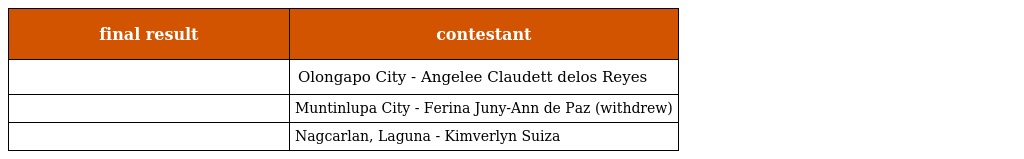
| final result | contestant |
 | --- | --- |
 |  | Olongapo City - Angelee Claudett delos Reyes |
 |  | Muntinlupa City - Ferina Juny-Ann de Paz (withdrew) |
 |  | Nagcarlan, Laguna - Kimverlyn Suiza |